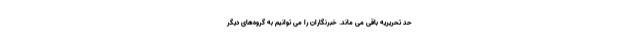
حد تحریریه باقی می ماند. خبرنگاران را می توانیم به گروه‌­های دیگر